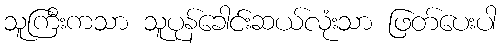
သူကြီးကသာ သူပုန်ခေါင်းဆယ်လုံးသာ ဖြတ်ပေးပါ